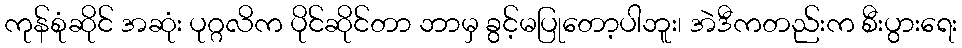
ကုန်စုံဆိုင် အဆုံး ပုဂ္ဂလိက ပိုင်ဆိုင်တာ ဘာမှ ခွင့်မပြုတော့ပါဘူး၊ အဲဒီကတည်းက စီးပွားရေး